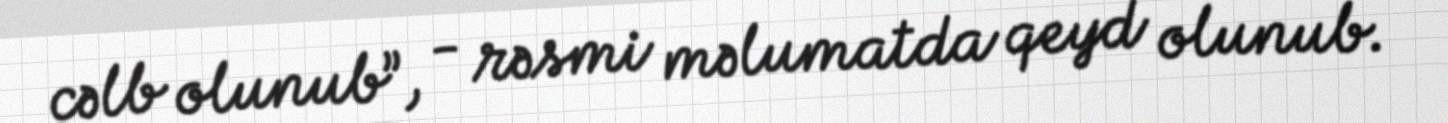
cəlb olunub”, - rəsmi məlumatda qeyd olunub.